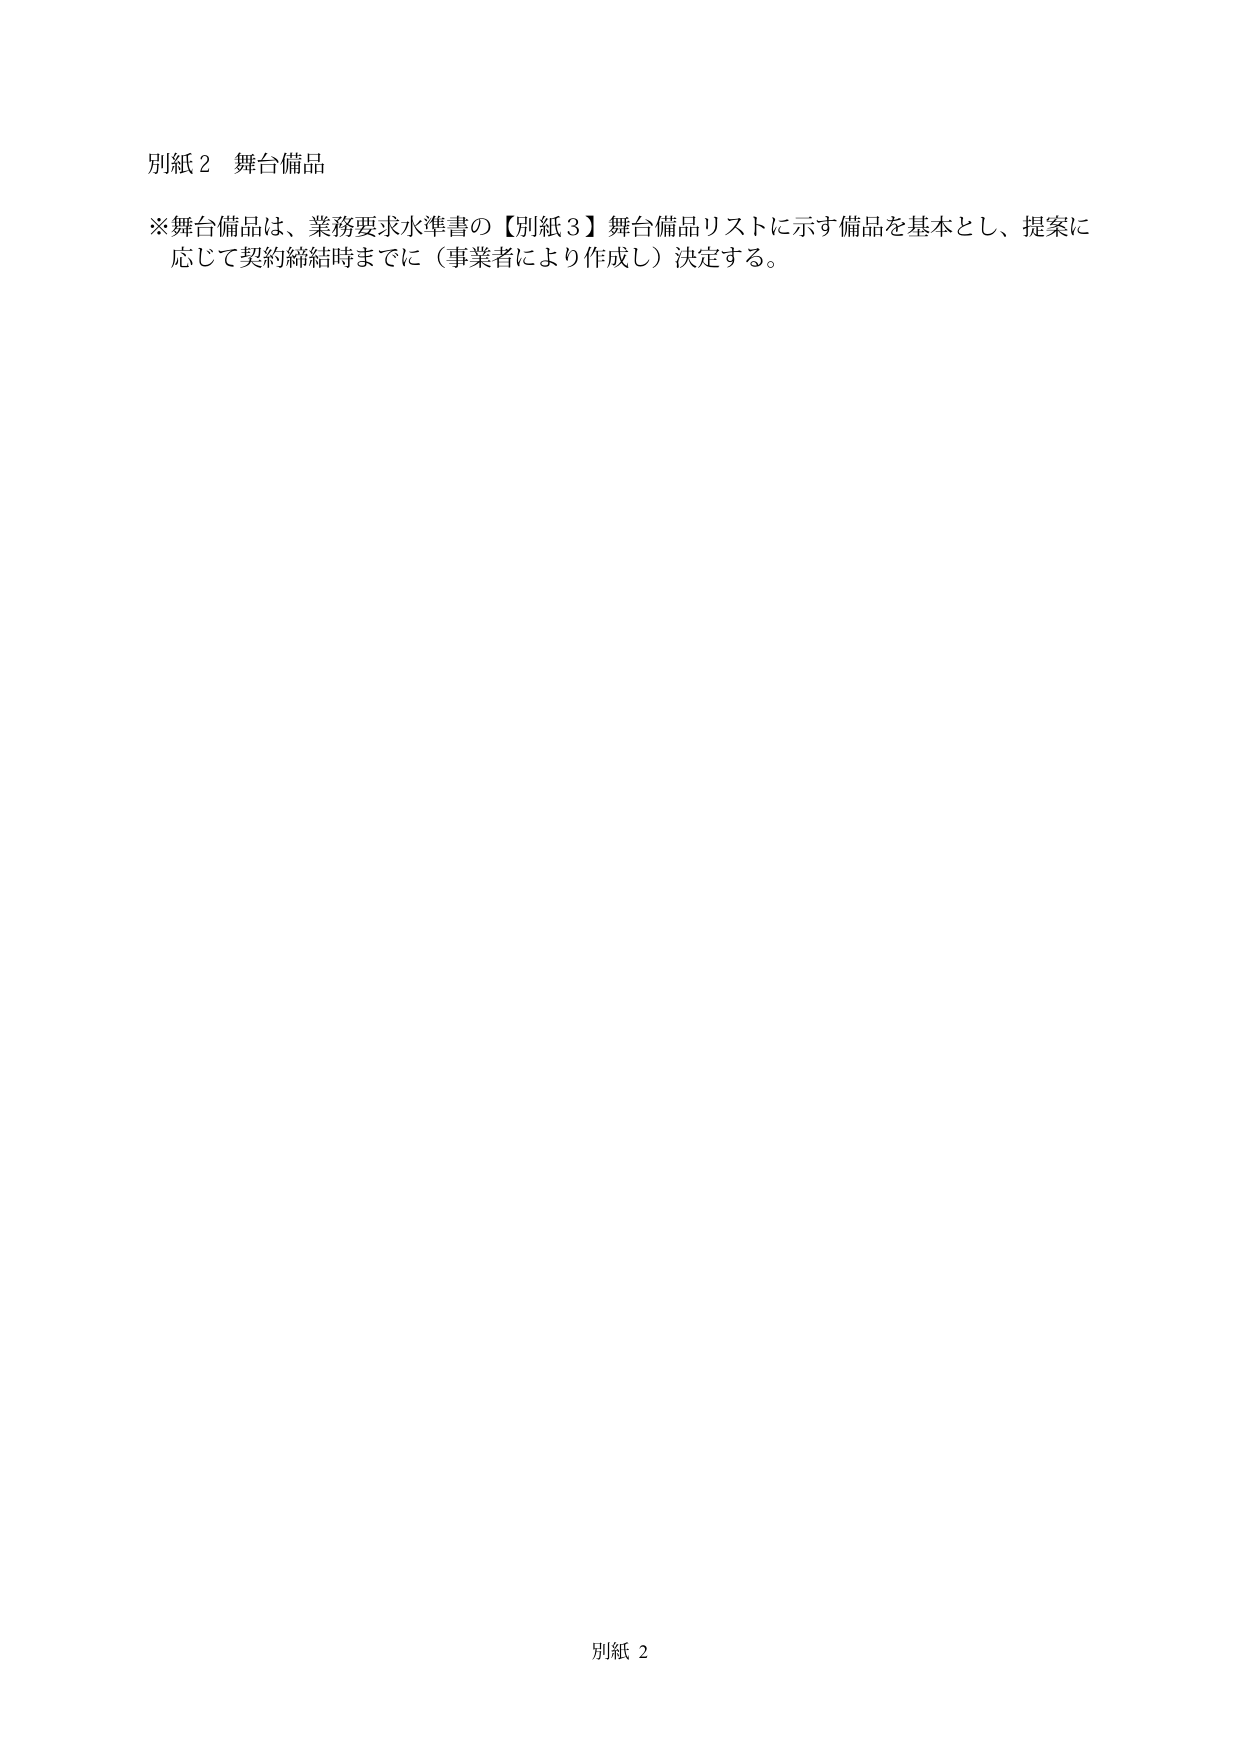
別紙２ 舞台備品

※舞台備品は、業務要求水準書の【別紙３】舞台備品リストに示す備品を基本とし、提案に
応じて契約締結時までに（事業者により作成し）決定する。

別紙２